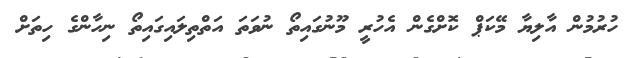
ހުރުމުން އާލިޔާ މޭކަޕް ކޮށްގެން އެހުރީ މޫނުގައިތޯ ނުވަތަ އަތްތިލައިގައިތޯ ނިހާންގެ ހިތަށް